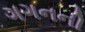
ગગનની